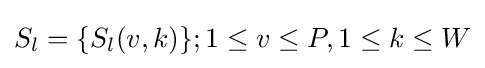
S_{l}=\{S_{l}(v,k)\};1\leq v\leq P,1\leq k\leq W